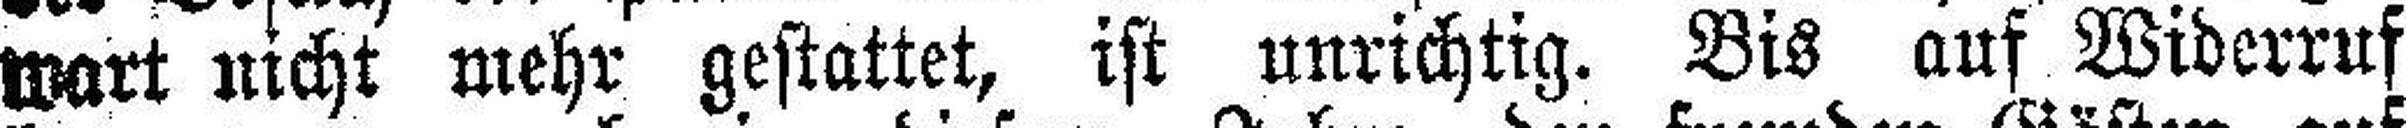
wart nicht mehr gestattet, ist unrichtig. Bis auf Widerruf